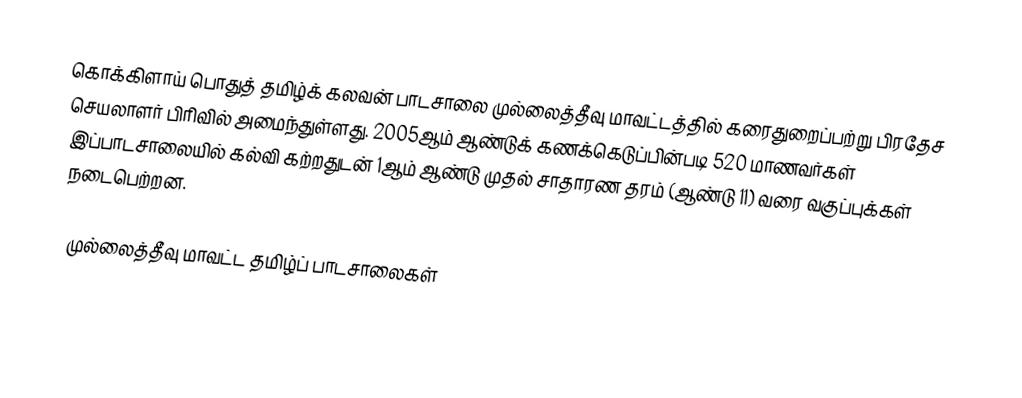
கொக்கிளாய் பொதுத் தமிழ்க் கலவன் பாடசாலை முல்லைத்தீவு மாவட்டத்தில் கரைதுறைப்பற்று பிரதேச செயலாளர் பிரிவில் அமைந்துள்ளது. 2005ஆம் ஆண்டுக் கணக்கெடுப்பின்படி 520 மாணவர்கள் இப்பாடசாலையில் கல்வி கற்றதுடன் 1ஆம் ஆண்டு முதல் சாதாரண தரம் (ஆண்டு 11) வரை வகுப்புக்கள் நடைபெற்றன.

முல்லைத்தீவு மாவட்ட தமிழ்ப் பாடசாலைகள்